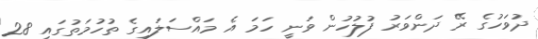
ދުވަހުގެ ރޭ ދަންވަރު ފުލުހުން ވަނީ ހަމަ އެ މައްސަލައިގެ ތުހުމަތުގައި 28